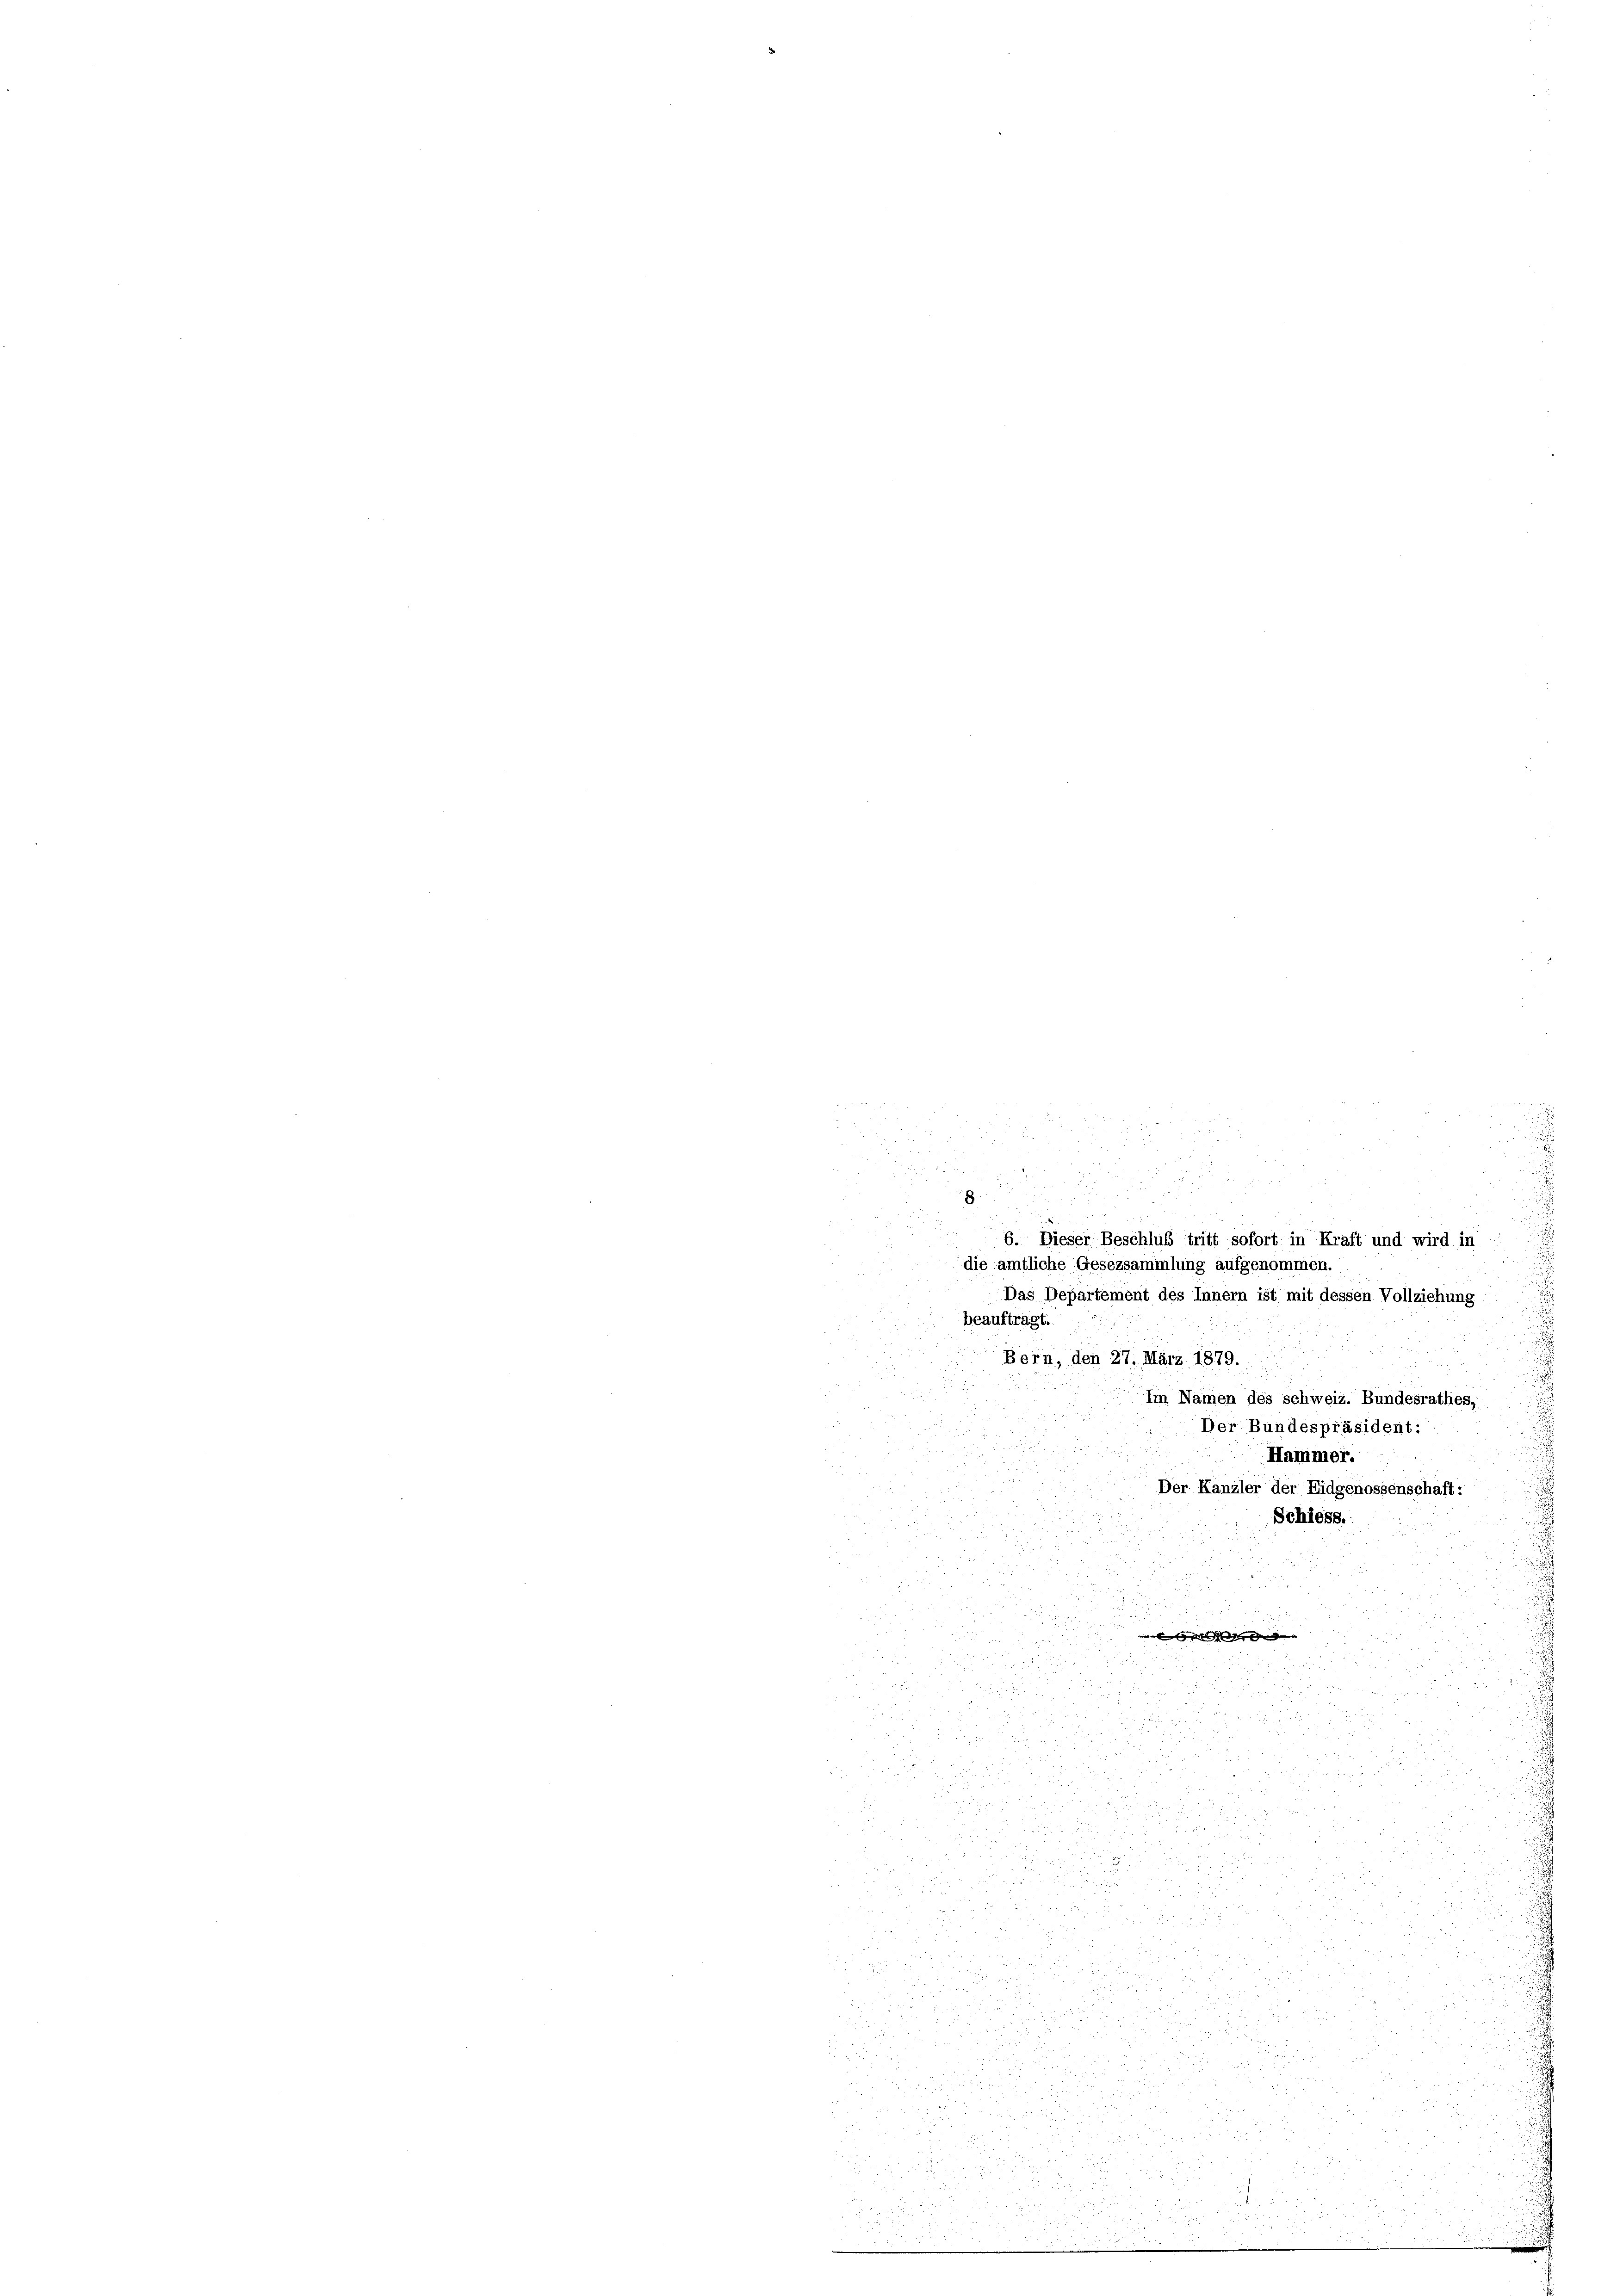
2

Das Departement des Innern ist mit dessen Vollziehung
beaufträgt.
Bern, den 27. März 1879.
Im Namen des schweiz. Bundesrathes,
Der Bundespräsident:
Hammer.
i
Der Kanzler der Eidgenossenschaft:
 8 x
d
Schiess.

 a
t

 d
u
i

2
d 2
2

u

u
r
u

8 20 x
2030

 xx

7

e

5

 252
u

n
 xx
.

58 x

uggen di

u
di

 24 x
5

5
1352 v
25

 der Frag

 x

5

2
x

iänischei
12
ährig
  pr

.

.
1

d
u
85

85

.

 . 82

.

u

2
8
u
6. Dieser Beschluß tritt sofort in Kraft und wird in
die amtliche Gesezsammlung aufgenommen.

Tu ich
mante sich ges